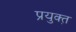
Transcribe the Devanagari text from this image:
प्रयुक्त़